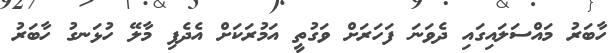
ހާބަރު މައްސަލައިގައި ދެވަނަ ފަހަރަށް ވަގުތީ އަމުރަކަށް އެދެފި މާލޭ ހުޅަނގު ހާބަރު